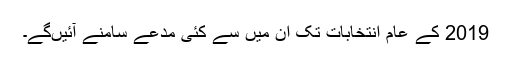
2019 کے عام انتخابات تک ان میں سے کئی مدعے سامنے آئیں‌گے۔